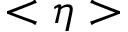
< \eta >